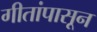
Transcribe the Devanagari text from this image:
गीतांपासून